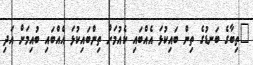
"ތިބާގެ ބަނޑުގެ ތިން ބައިކުޅަ އެއްބައި ކެއުމަށް ތިންބައިކުޅަ އެއްބައި ބުއިމަށް އަދި